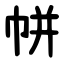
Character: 帡